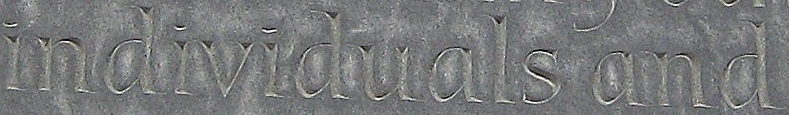
individuals and